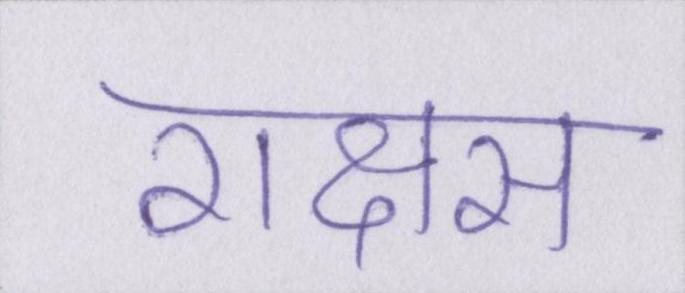
राक्षस